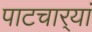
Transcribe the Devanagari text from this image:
पाटचार्‍यां